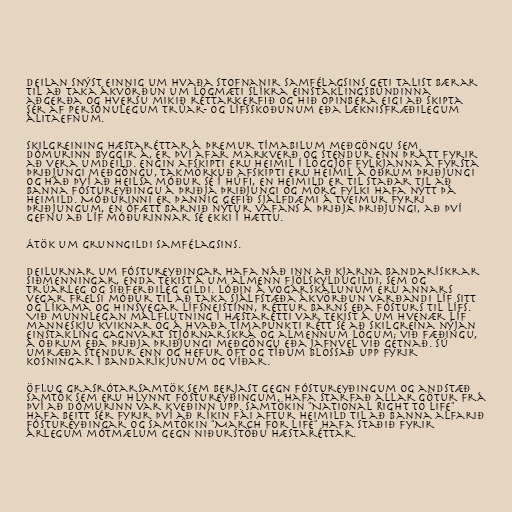
Deilan snýst einnig um hvaða stofnanir samfélagsins geti talist bærar
til að taka ákvörðun um lögmæti slíkra einstaklingsbundinna
aðgerða og hversu mikið réttarkerfið og hið opinbera eigi að skipta
sér af persónulegum trúar- og lífsskoðunum eða læknisfræðilegum
álitaefnum.

Skilgreining Hæstaréttar á þremur tímabilum meðgöngu sem
dómurinn byggir á, er því afar markverð og stendur enn þrátt fyrir
að vera umdeild. Engin afskipti eru heimil í löggjöf fylkjanna á fyrsta
þriðjungi meðgöngu, takmörkuð afskipti eru heimil á öðrum þriðjungi
og háð því að heilsa móður sé í húfi, en heimild er til staðar til að
banna fóstureyðingu á þriðja þriðjungi og mörg fylki hafa nýtt þá
heimild. Móðurinni er þannig gefið sjálfdæmi á tveimur fyrri
þriðjungum, en ófætt barnið nýtur vafans á þriðja þriðjungi, að því
gefnu að líf móðurinnar sé ekki í hættu.

Átök um grunngildi samfélagsins.

Deilurnar um fóstureyðingar hafa náð inn að kjarna bandarískrar
siðmenningar, enda tekist á um almenn fjölskyldugildi, sem og
trúarleg og siðferðileg gildi. Lóðin á vogarskálunum eru annars
vegar frelsi móður til að taka sjálfstæða ákvörðun varðandi líf sitt
og líkama og hinsvegar lífsneistinn, réttur barns eða fósturs til lífs.
Við munnlegan málflutning í Hæstarétti var tekist á um hvenær líf
manneskju kviknar og á hvaða tímapunkti rétt sé að skilgreina nýjan
einstakling gagnvart stjórnarskrá og almennum lögum; við fæðingu,
á öðrum eða þriðja þriðjungi meðgöngu eða jafnvel við getnað. Sú
umræða stendur enn og hefur oft og tíðum blossað upp fyrir
kosningar í Bandaríkjunum og víðar.

Öflug grasrótarsamtök sem berjast gegn fóstureyðingum og andstæð
samtök sem eru hlynnt fóstureyðingum, hafa starfað allar götur frá
því að dómurinn var kveðinn upp. Samtökin "National Right to Life"
hafa beitt sér fyrir því að ríkin fái aftur heimild til að banna alfarið
fóstureyðingar og samtökin "March for Life" hafa staðið fyrir
árlegum mótmælum gegn niðurstöðu Hæstaréttar.